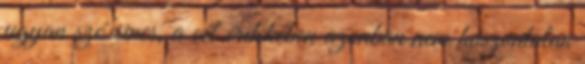
ugyan szó sincs, a cél érdekében azonban nem haszontalan